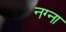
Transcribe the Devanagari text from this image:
नग्ना